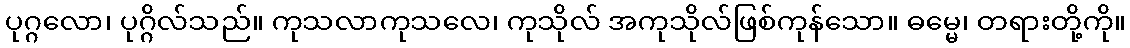
ပုဂ္ဂလော၊ ပုဂ္ဂိလ်သည်။ ကုသလာကုသလေ၊ ကုသိုလ် အကုသိုလ်ဖြစ်ကုန်သော။ ဓမ္မေ၊ တရားတို့ကို။